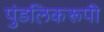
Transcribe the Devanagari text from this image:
पुंडलिकरूपी